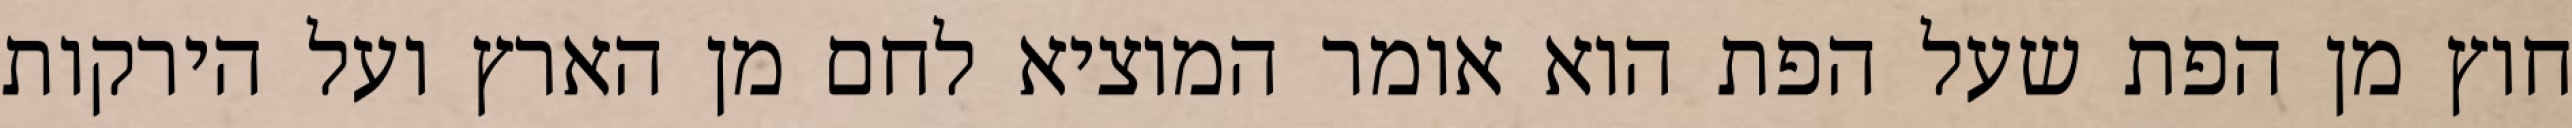
חוץ מן הפת שעל הפת הוא אומר המוציא לחם מן הארץ ועל הירקות